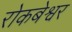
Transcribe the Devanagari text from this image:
रोकबेश्वर